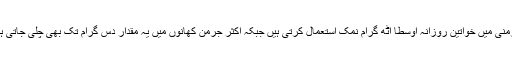
جرمنی میں خواتین روزانہ اوسطاً آٹھ گرام نمک استعمال کرتی ہیں جبکہ اکثر جرمن کھانوں میں یہ مقدار دس گرام تک بھی چلی جاتی ہے۔